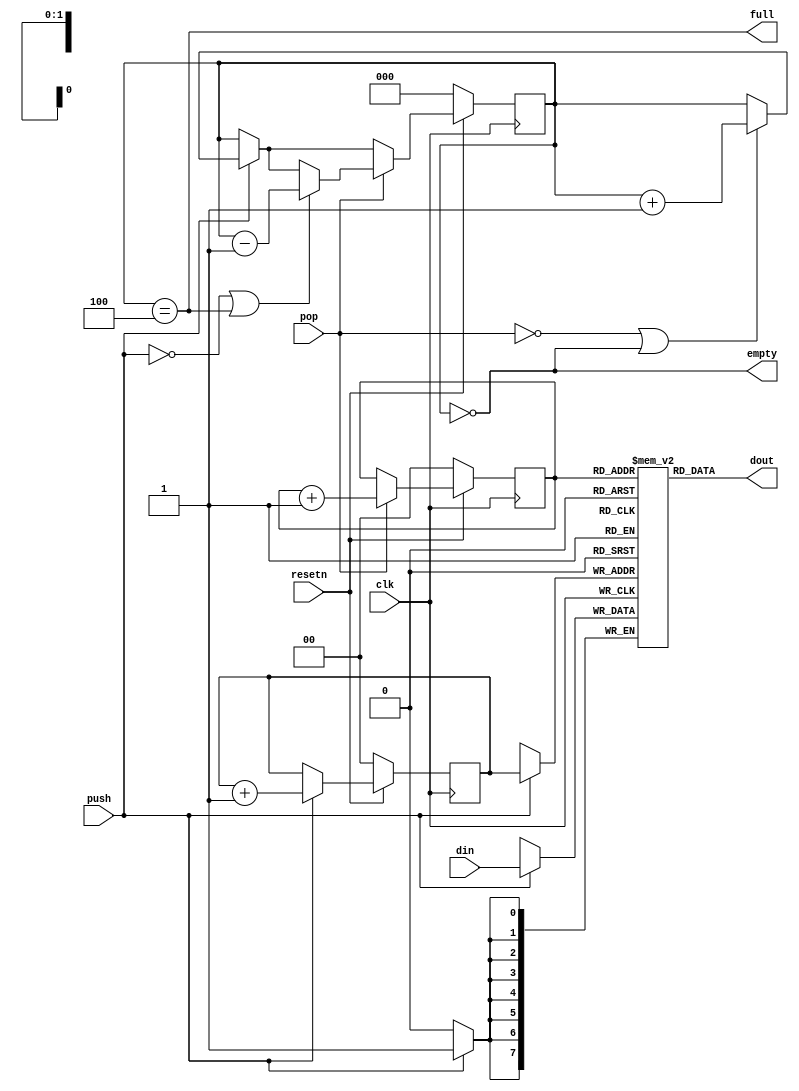
// This program was cloned from: https://github.com/FPGAwars/FLIX-V
// License: GNU Lesser General Public License v2.1

/*
 *  fifo.v
 *
 *  copyright (c) 2021  hirosh dabui <hirosh@dabui.de>
 *
 *  permission to use, copy, modify, and/or distribute this software for any
 *  purpose with or without fee is hereby granted, provided that the above
 *  copyright notice and this permission notice appear in all copies.
 *
 *  the software is provided "as is" and the author disclaims all warranties
 *  with regard to this software including all implied warranties of
 *  merchantability and fitness. in no event shall the author be liable for
 *  any special, direct, indirect, or consequential damages or any damages
 *  whatsoever resulting from loss of use, data or profits, whether in an
 *  action of contract, negligence or other tortious action, arising out of
 *  or in connection with the use or performance of this software.
 *
 */

`default_nettype none `timescale 1 ns / 100 ps
module fifo #(
        parameter DATA_WIDTH = 8,
        parameter DEPTH = 4
    ) (
        input wire clk,
        input wire resetn,
        input wire [DATA_WIDTH-1:0] din,
        output wire [DATA_WIDTH-1:0] dout,
        input wire push,
        input wire pop,
        output wire full,
        output wire empty
    );

    reg [DATA_WIDTH-1:0] ram[0:DEPTH-1];

    reg [$clog2(DEPTH):0] cnt;
    reg [$clog2(DEPTH)-1:0] rd_ptr;
    reg [$clog2(DEPTH)-1:0] wr_ptr;

    reg [$clog2(DEPTH):0] cnt_next;
    reg [$clog2(DEPTH)-1:0] rd_ptr_next;
    reg [$clog2(DEPTH)-1:0] wr_ptr_next;

    assign empty = cnt == 0;
    assign full  = cnt == DEPTH;

    always @(posedge clk) begin
        if (~resetn) begin
            rd_ptr <= 0;
            wr_ptr <= 0;
            cnt <= 0;
        end else begin
            rd_ptr <= rd_ptr_next;
            wr_ptr <= wr_ptr_next;
            cnt <= cnt_next;
        end
    end

    always @(*) begin
        rd_ptr_next = rd_ptr;
        wr_ptr_next = wr_ptr;
        cnt_next = cnt;

        if (push) begin
            wr_ptr_next = wr_ptr + 1;
            cnt_next = (!pop || empty) ? cnt + 1 : cnt_next;
        end

        if (pop) begin
            rd_ptr_next = rd_ptr + 1;
            cnt_next = (!push || full) ? cnt - 1 : cnt_next;
        end

    end

    always @(posedge clk) begin
        if (push) ram[wr_ptr] <= din;
    end

    assign dout = ram[rd_ptr];

endmodule